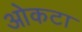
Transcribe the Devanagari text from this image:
ओकटा